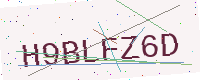
Text: H9BLFZ6D